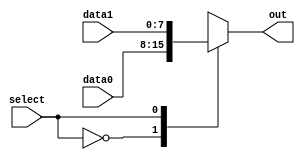
`timescale 1ns/1ns

module mux_2x1_8bit(
    input  [7:0] data0,
    input  [7:0] data1,
    input select,
    output reg [7:0] out
    );

    always @ (data0, data1, select) begin
        case (select)
            1'b0: out = data0;
            1'b1: out = data1;
            default: out = 8'b0; // Optional default case if needed
        endcase
    end

endmodule